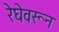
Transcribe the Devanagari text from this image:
रेघेवरून